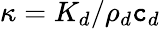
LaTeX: \kappa=K_{d}/\rho_{d}\mathtt{c}_{d}